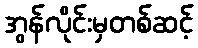
အွန်လိုင်းမှတစ်ဆင့်